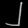
Digit: ၂